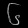
Digit: ၆